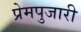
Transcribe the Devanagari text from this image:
प्रेमपुजारी